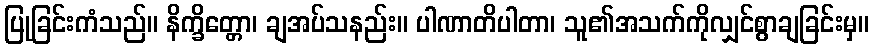
ပြုခြင်းကံသည်။ နိက္ခိတ္တော၊ ချအပ်သနည်း။ ပါဏာတိပါတာ၊ သူ၏အသက်ကိုလျှင်စွာချခြင်းမှ။